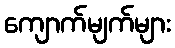
ကျောက်မျက်များ